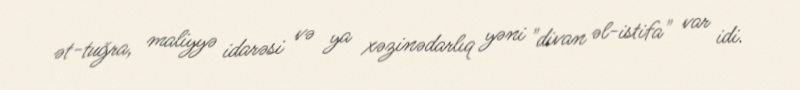
ət-tuğra, maliyyə idarəsi və ya xəzinədarlıq yəni "divan əl-istifa" var idi.